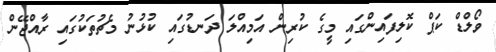
ވޯލްޑް ކަޕް ކޮލިފައިންގައި މީގެ ކުރިން އަމިއްލަ ދަނޑުގައި ކުޅުނު މެޗުތަކުގައި ރާއްޖޭން